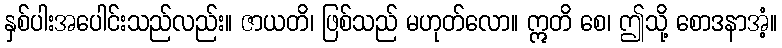
နှစ်ပါးအပေါင်းသည်လည်း။ ဇာယတိ၊ ဖြစ်သည် မဟုတ်လော။ ဣတိ စေ၊ ဤသို့ စောဒနာအံ့။